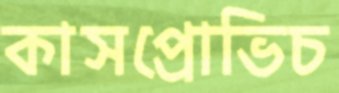
কাসপ্রোভিচ